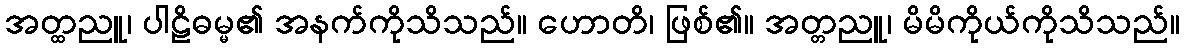
အတ္ထညူ၊ ပါဠိဓမ္မ၏ အနက်ကိုသိသည်။ ဟောတိ၊ ဖြစ်၏။ အတ္တညူ၊ မိမိကိုယ်ကိုသိသည်။